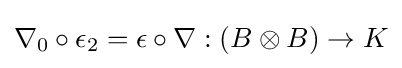
\nabla _{0}\circ \epsilon _{2}=\epsilon \circ \nabla :(B\otimes B)\to K